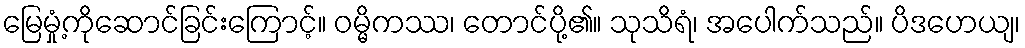
မြေမှုံ့ကိုဆောင်ခြင်းကြောင့်။ ဝမ္မိကဿ၊ တောင်ပို့၏။ သုသိရံ၊ အပေါက်သည်။ ပိဒဟေယျ၊